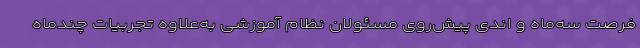
فرصت سه‌ماه و اندی پیش‌روی مسئولان نظام آموزشی به‌علاوه تجربیات چندماه